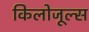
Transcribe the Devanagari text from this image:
किलोजूल्स